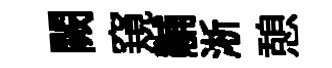
闕窺黼淅憩